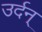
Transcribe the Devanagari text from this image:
उर्दन्